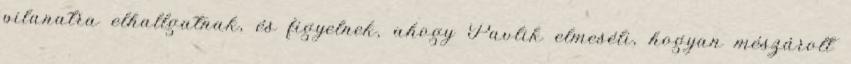
pilanatra elhallgatnak, és figyelnek, ahogy Pavlik elmeséli, hogyan mészárolt